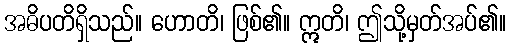
အဓိပတိရှိသည်။ ဟောတိ၊ ဖြစ်၏။ ဣတိ၊ ဤသို့မှတ်အပ်၏။